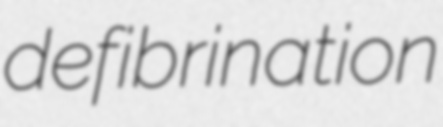
defibrination